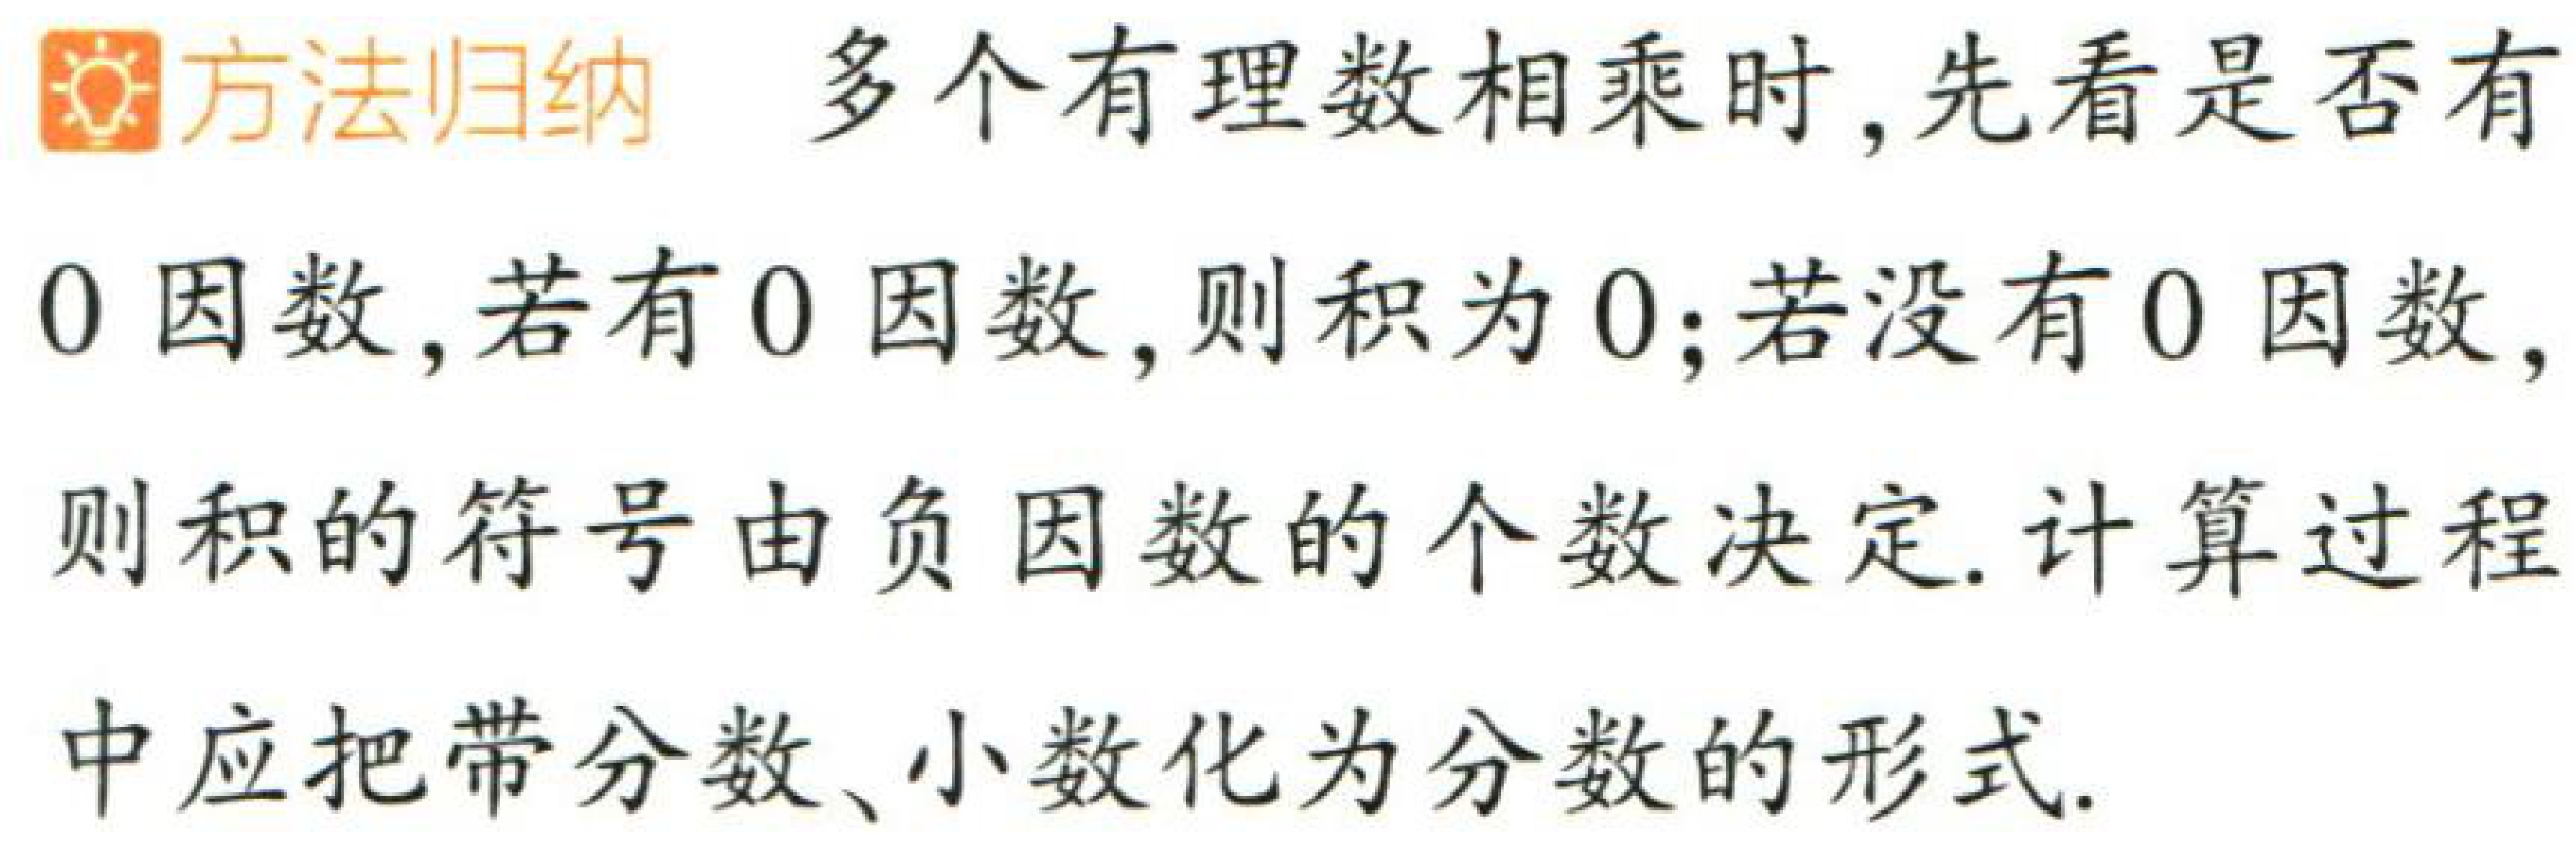
\textbf{方法归纳} 多个有理数相乘时,先看是否有0因数,若有0因数,则积为0;若没有0因数,则积的符号由负因数的个数决定. 计算过程中应把带分数、小数化为分数的形式.